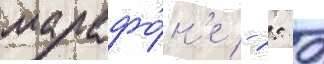
марафо́н'е - 2: 07